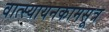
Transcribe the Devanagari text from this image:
वात्स्यायनकामसूत्र